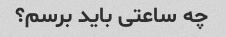
چه ساعتی باید برسم؟